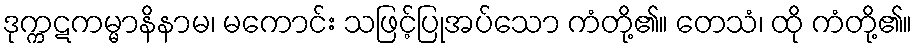
ဒုက္ကဋကမ္မာနိနာမ၊ မကောင်း သဖြင့်ပြုအပ်သော ကံတို့၏။ တေသံ၊ ထို ကံတို့၏။